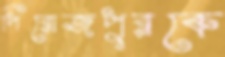
পিরোজপুরকে